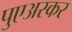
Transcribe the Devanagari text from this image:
पुएअस्कर